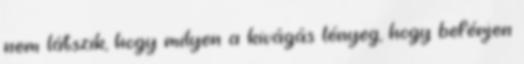
nem látszik, hogy milyen a kivágás lényeg, hogy beférjen